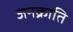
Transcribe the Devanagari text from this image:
जनक्राति